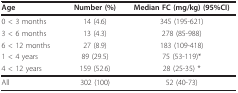
<table><thead><tr><td><b>Age</b></td><td><b>Number (%)</b></td><td><b>Median FC (mg/kg) (95%CI)</b></td></tr></thead><tbody><tr><td>0 &lt; 3 months</td><td>14 (4.6)</td><td>345 (195-621)</td></tr><tr><td>3 &lt; 6 months</td><td>13 (4.3)</td><td>278 (85-988)</td></tr><tr><td>6 &lt; 12 months</td><td>27 (8.9)</td><td>183 (109-418)</td></tr><tr><td>1 &lt; 4 years</td><td>89 (29.5)</td><td>75 (53-119)*</td></tr><tr><td>4 &lt; 12 years</td><td>159 (52.6)</td><td>28 (25-35) *</td></tr><tr><td>All</td><td>302 (100)</td><td>52 (40-73)</td></tr></tbody></table>